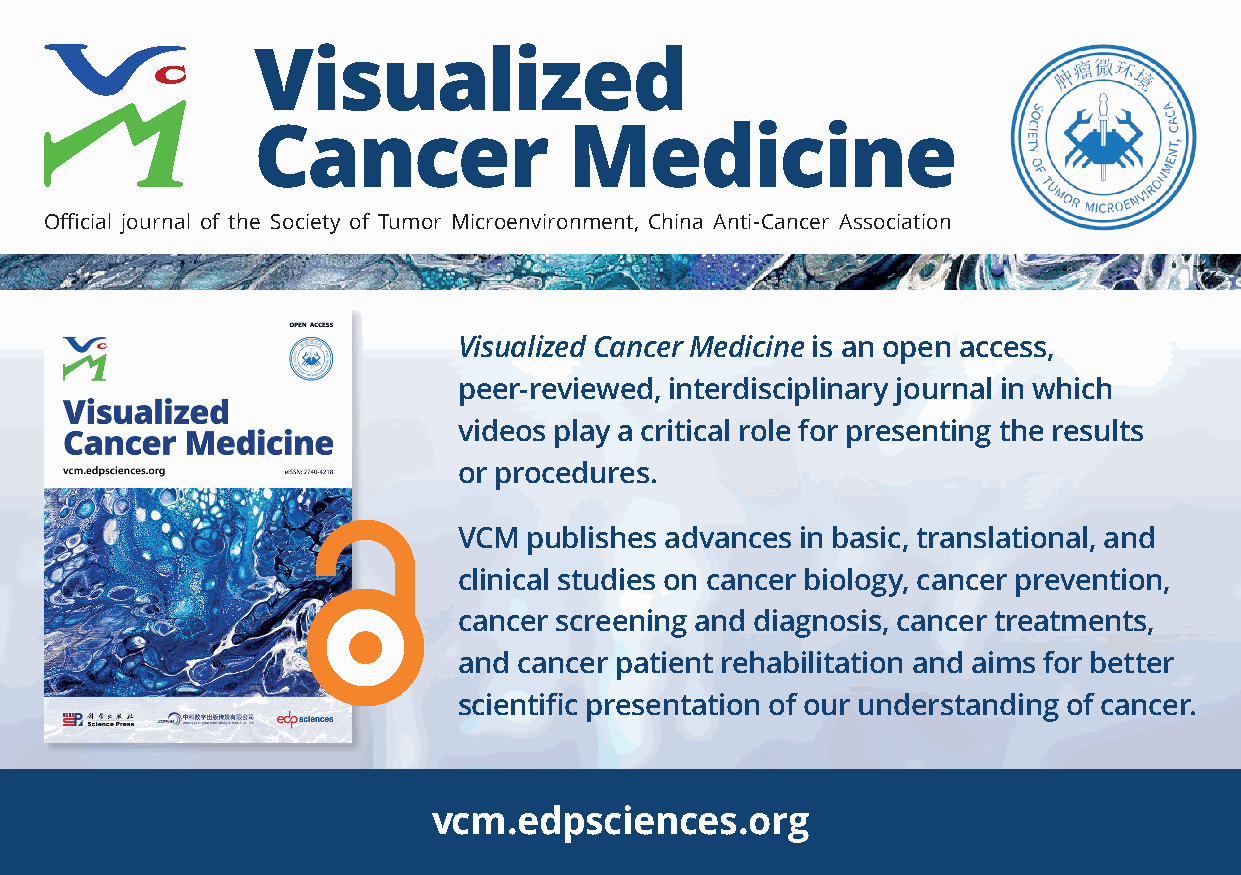
Visualized
 Cancer               Medicine
 Official journal of the Society of Tumor Microenvironment, China Anti-Cancer Association
 Visualized Cancer Medicine is an open access,
 peer‑reviewed, interdisciplinary journal in which
 videos play a critical role for presenting the results
 or procedures.
 VCM  publishes advances in basic, translational, and
 clinical studies on cancer biology, cancer prevention,
 cancer screening and diagnosis, cancer treatments,
 and cancer patient rehabilitation and aims for better
 scientific presentation of our understanding of cancer.
 vcm.edpsciences.org